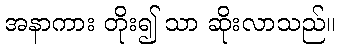
အနာကား တိုး၍ သာ ဆိုးလာသည်။